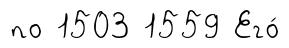
по 1503 1559 Его́